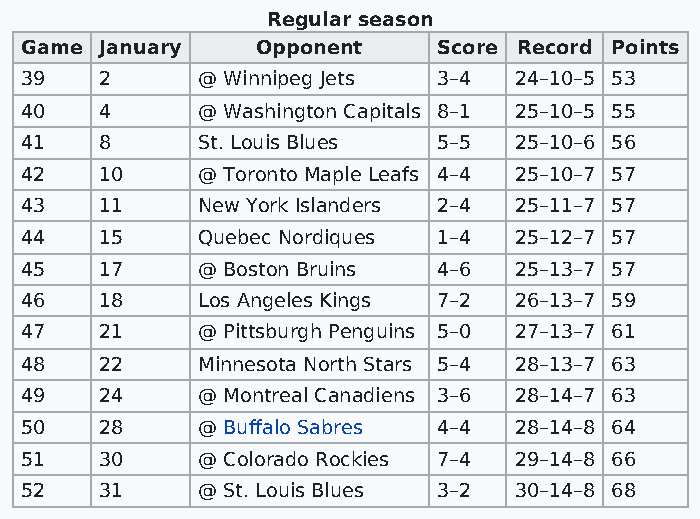
Regular season
 Game  January   Opponent    Score Record Points
 39    2     @ Winnipeg Jets 3–4  24–10–5 53
 40    4     @ Washington Capitals 8–1 25–10–5 55
 41    8     St. Louis Blues 5–5  25–10–6 56
 42    10    @ Toronto Maple Leafs 4–4 25–10–7 57
 43    11    New York Islanders 2–4 25–11–7 57
 44    15    Quebec Nordiques 1–4 25–12–7 57
 45    17    @ Boston Bruins 4–6  25–13–7 57
 46    18    Los Angeles Kings 7–2 26–13–7 59
 47    21    @ Pittsburgh Penguins 5–0 27–13–7 61
 48    22    Minnesota North Stars 5–4 28–13–7 63
 49    24    @ Montreal Canadiens 3–6 28–14–7 63
 50    28    @ Buffalo Sabres 4–4 28–14–8 64
 51    30    @ Colorado Rockies 7–4 29–14–8 66
 52    31    @ St. Louis Blues 3–2 30–14–8 68